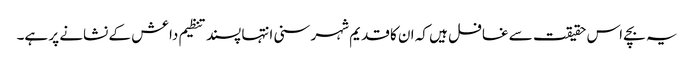
یہ بچے اس حقیقت سے غافل ہیں کہ ان کا قدیم شہر سنی انتہا پسند تنظیم داعش کے نشانے پر ہے۔